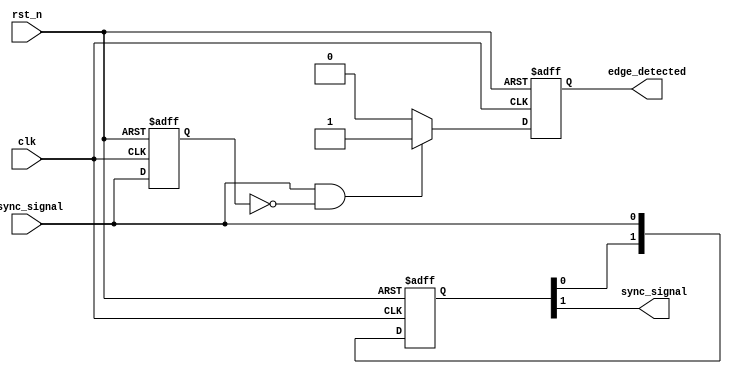
module async_to_sync_converter_detector (
    input wire async_signal,       // Asynchronous input signal from memory blocks
    input wire clk,               // Synchronous clock signal
    input wire rst_n,             // Active low reset signal
    output wire sync_signal,       // Synchronized output signal
    output wire edge_detected      // Edge detection output
);

    // Internal signals
    reg [1:0] sync_ff;            // Dual flip-flop synchronizer
    reg edge_detect_ff;           // Flip-flop for edge detection
    reg prev_async_signal;        // Previous state of the async signal

    // Dual flip-flop synchronizer
    always @(posedge clk or negedge rst_n) begin
        if (!rst_n) begin
            sync_ff <= 2'b00;
        end else begin
            sync_ff <= {sync_ff[0], async_signal}; // Shift new async signal into the sync_ff
        end
    end

    // Output the synchronized signal
    assign sync_signal = sync_ff[1];

    // Edge Detection Logic
    always @(posedge clk or negedge rst_n) begin
        if (!rst_n) begin
            edge_detect_ff <= 1'b0;
            prev_async_signal <= 1'b0;
        end else begin
            // Detect rising edge
            if (async_signal && !prev_async_signal) begin
                edge_detect_ff <= 1'b1;
            end else begin
                edge_detect_ff <= 1'b0;
            end
            prev_async_signal <= async_signal; // Update previous async signal
        end
    end

    // Connect the edge detection output
    assign edge_detected = edge_detect_ff;

endmodule